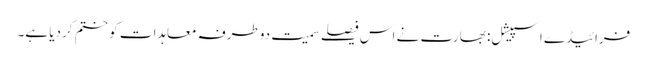
فرائیڈے اسپیشل: بھارت نے اس فیصلے سمیت دوطرفہ معاہدات کو ختم کردیا ہے۔